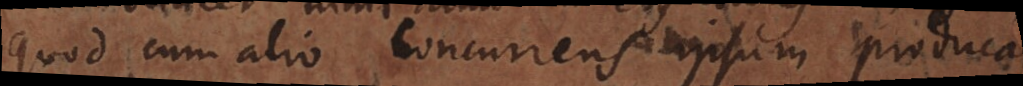
quod cum alio concurrens ipsum producat